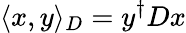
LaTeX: \langle x,y\rangle_{D}=y^{\dagger}Dx